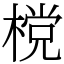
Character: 𣗋